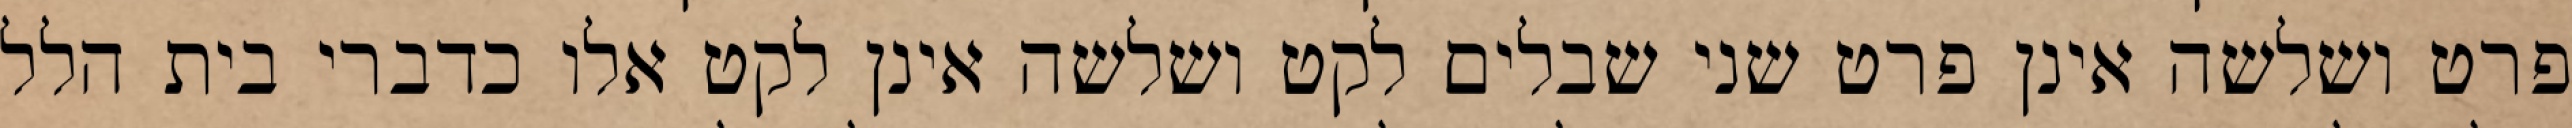
פרט ושלשה אינן פרט שני שבלים לקט ושלשה אינן לקט אלו כדברי בית הלל